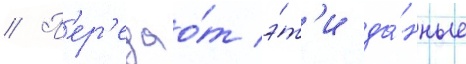
// П'ер'едао́т э́т'и да́нные